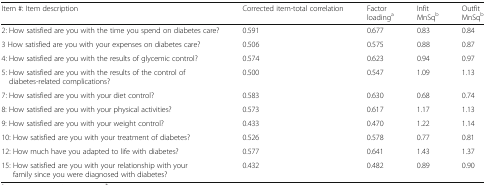
<table><thead><tr><td><b>Item #: Item description</b></td><td><b>Corrected item-total correlation</b></td><td><b>Factor loading<sup>a</sup></b></td><td><b>Infit MnSq<sup>b</sup></b></td><td><b>Outfit MnSq<sup>b</sup></b></td></tr></thead><tbody><tr><td>2: How satisfied are you with the time you spend on diabetes care?</td><td>0.591</td><td>0.677</td><td>0.83</td><td>0.84</td></tr><tr><td>3 How satisfied are you with your expenses on diabetes care?</td><td>0.506</td><td>0.575</td><td>0.88</td><td>0.87</td></tr><tr><td>4: How satisfied are you with the results of glycemic control?</td><td>0.574</td><td>0.623</td><td>0.94</td><td>0.97</td></tr><tr><td>5: How satisfied are you with the results of the control of diabetes-related complications?</td><td>0.500</td><td>0.547</td><td>1.09</td><td>1.13</td></tr><tr><td>7: How satisfied are you with your diet control?</td><td>0.583</td><td>0.630</td><td>0.68</td><td>0.74</td></tr><tr><td>8: How satisfied are you with your physical activities?</td><td>0.573</td><td>0.617</td><td>1.17</td><td>1.13</td></tr><tr><td>9: How satisfied are you with your weight control?</td><td>0.433</td><td>0.470</td><td>1.22</td><td>1.14</td></tr><tr><td>10: How satisfied are you with your treatment of diabetes?</td><td>0.526</td><td>0.578</td><td>0.77</td><td>0.81</td></tr><tr><td>12: How much have you adapted to life with diabetes?</td><td>0.577</td><td>0.641</td><td>1.43</td><td>1.37</td></tr><tr><td>15: How satisfied are you with your relationship with your family since you were diagnosed with diabetes?</td><td>0.432</td><td>0.482</td><td>0.89</td><td>0.90</td></tr></tbody></table>